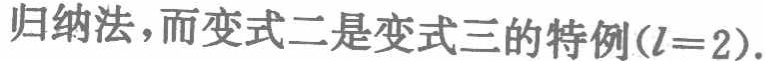
归纳法，而变式二是变式三的特例($l = 2$).